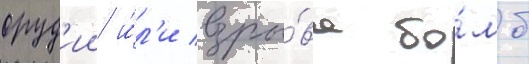
оруд'ии и́л'и взры́ва бо́мб